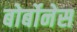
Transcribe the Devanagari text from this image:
बोर्बोनेस